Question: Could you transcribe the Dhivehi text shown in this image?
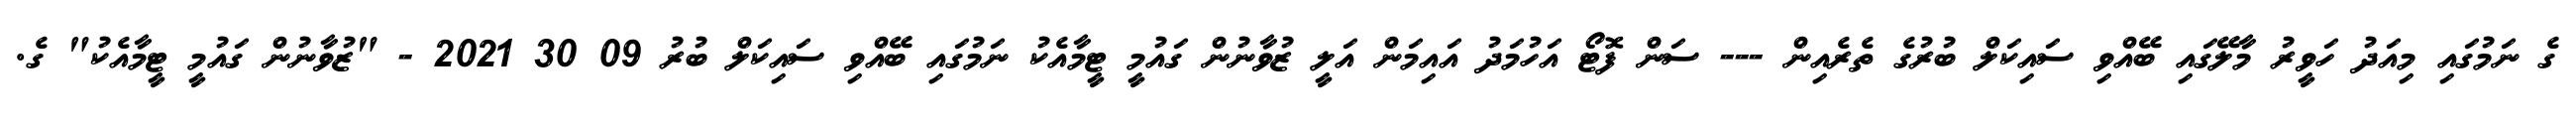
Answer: ގެ ނަމުގައި މިއަދު ހަވީރު މާލޭގައި ބޭއްވި ސައިކަލް ބުރުގެ ތެރެއިން --- ސަން ފޮޓޯ އަހުމަދު އައިމަން އަލީ ޒުވާނުން ގައުމީ ޓީމާއެކު ނަމުގައި ބޭއްވި ސައިކަލް ބުރު 09 30 2021 - "ޒުވާނުން ގައުމީ ޓީމާއެކު" ގެ.